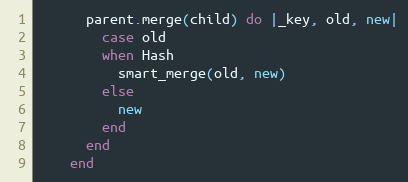
Language: Ruby
      parent.merge(child) do |_key, old, new|
        case old
        when Hash
          smart_merge(old, new)
        else
          new
        end
      end
    end